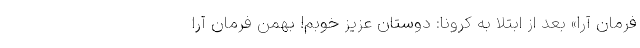
فرمان آرا» بعد از ابتلا به کرونا: دوستان عزیز خوبم! بهمن فرمان آرا